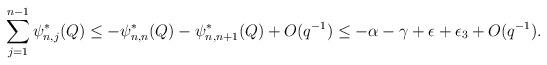
LaTeX: \begin{align*}\sum_{j=1}^{n-1} \psi_{n,j}^{\ast}(Q)\leq -\psi_{n,n}^{\ast}(Q)-\psi_{n,n+1}^{\ast}(Q)+O(q^{-1})\leq -\alpha-\gamma+\epsilon+\epsilon_{3}+O(q^{-1}).\end{align*}